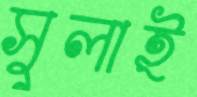
সুলাই